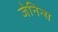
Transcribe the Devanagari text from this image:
जेनिन्स